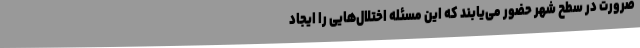
ضرورت در سطح شهر حضور می‌یابند که این مسئله اختلال‌هایی را ایجاد